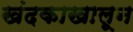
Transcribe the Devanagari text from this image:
खंदकाखालून